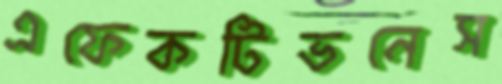
এফেকটিভনেস